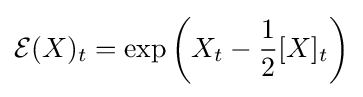
{\mathcal {E}}(X)_{t}=\exp \left(X_{t}-{\frac {1}{2}}[X]_{t}\right)